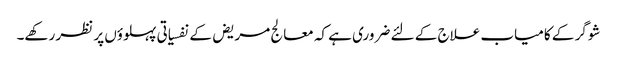
شوگر کے کامیاب علاج کے لئے ضروری ہے کہ معالج مریض کے نفسیاتی پہلوؤں پر نظر رکھے۔